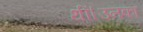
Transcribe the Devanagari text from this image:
थीं।उनका